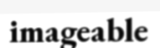
imageable